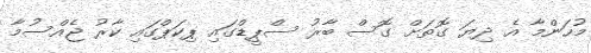
މުހަންމާ އެ ދިޔަ ގޮތަށް ގޮސް ބާރު ސްޕީޑްގައި ޕިކަޕްގައި ކާރު ޖެއްސުމާ